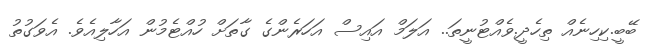
ބޭބީ.ކިހިނެއް ތިހެދީ.ވެއްޓުނީތަ.. އަލަމް އައިސް އަހަރެންގެ ގާތަށް ހުއްޓެމުން އަހާލިއެވެ. އެވަގުތު